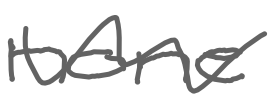
Text: none
Cross-out: wave
Writing tool: digital_gray